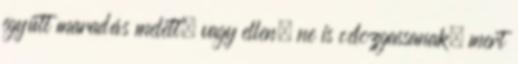
együtt maradás melett, vagy ellen, ne is célozgassanak, mert